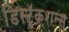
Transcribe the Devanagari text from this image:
डिस्ट्रॅकशन्स